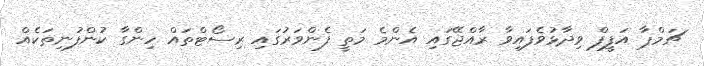
ޗަމްޕާ އަފީފް ވިދާޅުވެފައިވާ ރާއްޖޭގައި އެންމެ މަތީ ފެންވަރުގައި ރިސޯޓްތައް ހިންގާ ކުންފުނިތަކެއް